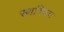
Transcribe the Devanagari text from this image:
स्थविष्ठः